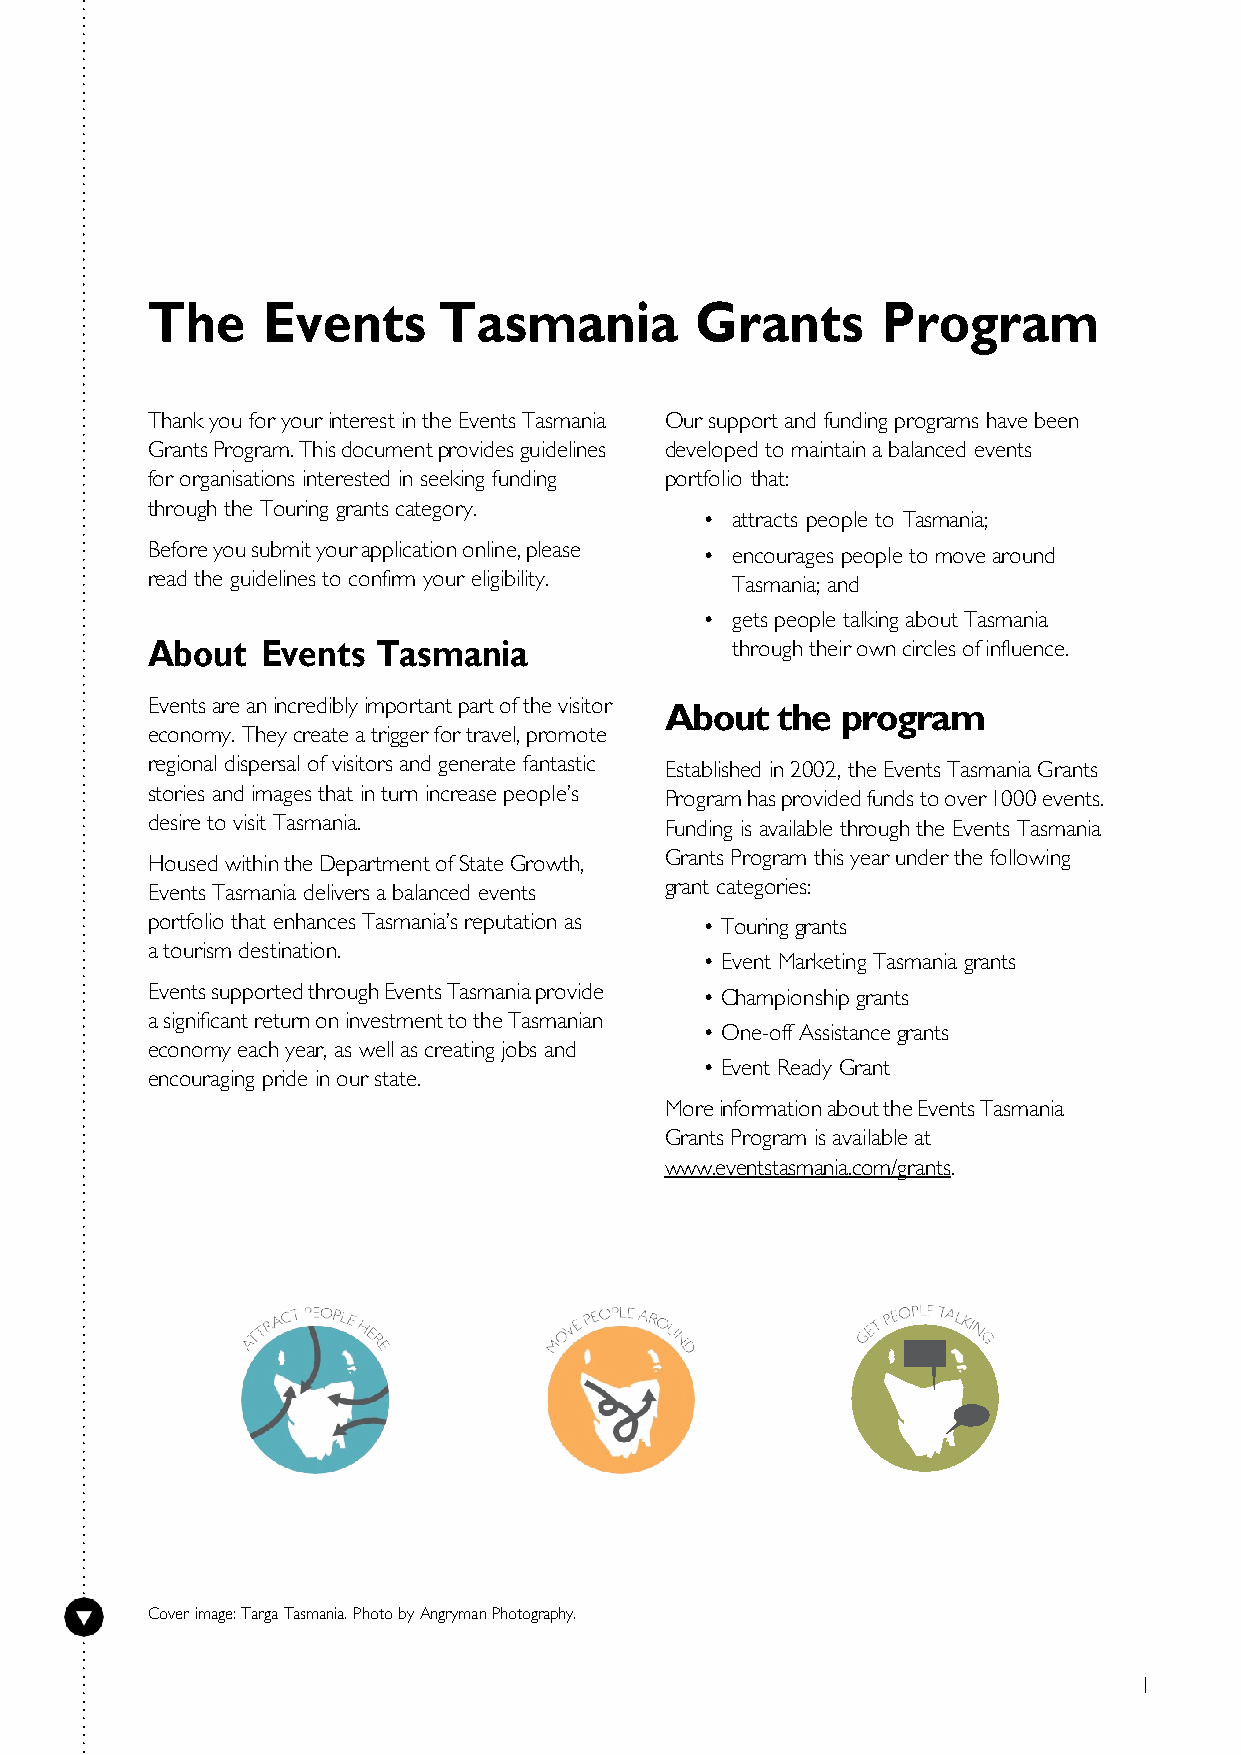
The    Events      Tasmania         Grants      Program
 Thank you for your interest in the Events Tasmania Our support and funding programs have been
 Grants Program. This document provides guidelines developed to maintain a balanced events
 for organisations interested in seeking funding portfolio that:
 through the Touring grants category.
 • attracts people to Tasmania;
 Before you submit your application online, please • encourages people to move around
 read the guidelines to confirm your eligibility. Tasmania; and
 • gets people talking about Tasmania
 About  Events  Tasmania               through their own circles of influence.
 Events are an incredibly important part of the visitor
 About  the  program
 economy. They create a trigger for travel, promote
 regional dispersal of visitors and generate fantastic Established in 2002, the Events Tasmania Grants
 stories and images that in turn increase people’s Program has provided funds to over 1000 events.
 desire to visit Tasmania.         Funding is available through the Events Tasmania
 Housed within the Department of State Growth, Grants Program this year under the following
 Events Tasmania delivers a balanced events grant categories:
 portfolio that enhances Tasmania’s reputation as • Touring grants
 a tourism destination.
 • Event Marketing Tasmania grants
 Events supported through Events Tasmania provide • Championship grants
 a significant return on investment to the Tasmanian
 • One-off Assistance grants
 economy each year, as well as creating jobs and
 • Event Ready Grant
 encouraging pride in our state.
 More information about the Events Tasmania
 Grants Program is available at
 www.eventstasmania.com/grants.
 Cover image: Targa Tasmania. Photo by Angryman Photography.
 1